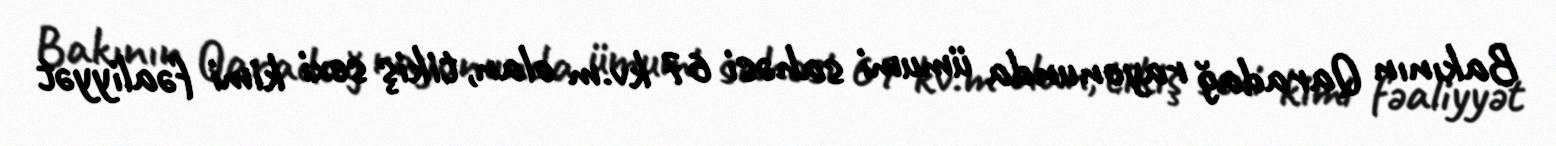
Bakının Qaradağ rayonunda ümumi sahəsi 67 kv.m olan, tikiş sexi kimi fəaliyyət